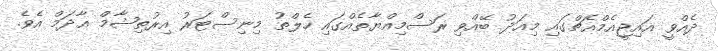
ދެއްވީ އައިޖީއެމްއެޗްގައި މިއަދު ބޭއްވި ރަސްމިއްޔާތެއްގައި ހެލްތު މިނިސްޓަރު އިރުތިޝާމް އާދަމް އެވެ.